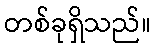
တစ်ခုရှိသည်။